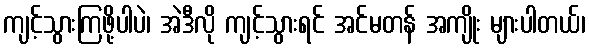
ကျင့်သွားကြဖို့ပါပဲ၊ အဲဒီလို ကျင့်သွားရင် အင်မတန် အကျိုး များပါတယ်၊